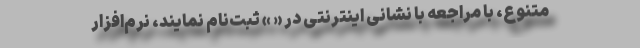
متنوع، با مراجعه با نشانی اینترنتی در « » ثبت‌نام نمایند، نرم‌افزار